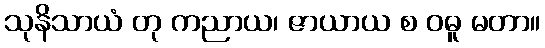
သုနိသာယံ တု ကညာယ၊ ဇာယာယ စ ဝဓူ မတာ။